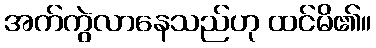
အက်ကွဲလာနေသည်ဟု ထင်မိ၏။